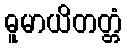
ဓူမာယိတတ္တံ